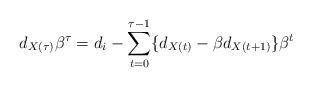
LaTeX: \begin{align*}d_{X(\tau)} \beta^\tau = d_i - \sum_{t=0}^{\tau-1} \{d_{X(t)} - \beta d_{X(t+1)}\} \beta^t\end{align*}